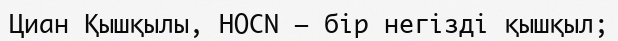
Циан Қышқылы, НОCN — бір негізді қышқыл;